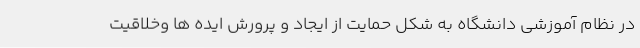
در نظام آموزشی دانشگاه به شکل حمایت از ایجاد و پرورش ایده ها وخلاقیت